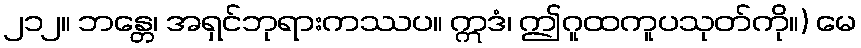
၂၁၂။ ဘန္တေ၊ အရှင်ဘုရားကဿပ။ ဣဒံ၊ ဤဂူထကူပသုတ်ကို။) မေ